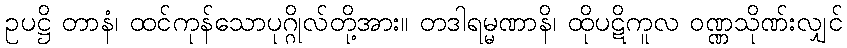
ဥပဋ္ဌိ တာနံ၊ ထင်ကုန်သောပုဂ္ဂိုလ်တို့အား။ တဒါရမ္မဏာနိ၊ ထိုပဋိကူလ ဝဏ္ဏသိုဏ်းလျှင်